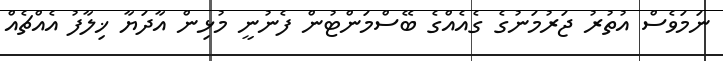
ނަމަވެސް އުތުރު ޖަރުމަނުގެ ގެއެއްގެ ބޭސްމަންޓުން ފެނުނީ މުޅިން އާދަޔާ ޚިލާފު އެއްޗެއް